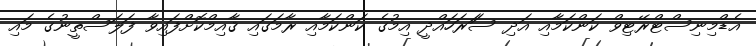
އެޑްމިނިސްޓްރޭޓިވް ކަންކަމާއި އަދި ސަަރަހައްދީ އިމުގެ ކަންކަމާއި ރާމަގައި ޤާއިމްކޮށްފައިވާ ފަލަސްތީނުގެ މައި